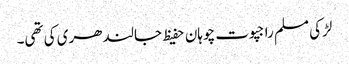
لڑکی مسلم راجپوت چوہان حفیظ جالندھری کی تھی۔